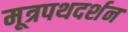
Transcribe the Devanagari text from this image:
मूत्रपथदर्शन